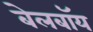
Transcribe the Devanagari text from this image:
बेलबॉय